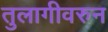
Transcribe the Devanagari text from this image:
तुलागीवरुन